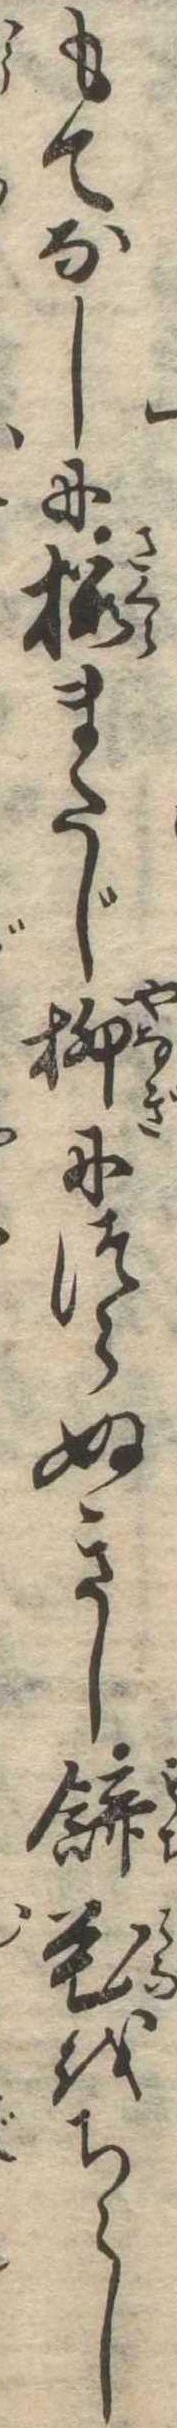
もてなしに桜またじ柳につらぬきし餅花をちらし